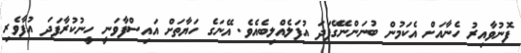
ފޮނުވާއިރު ހެނާއަށް އެކަމުން ބުނަންނޭގޭފަދަ އުފަލެއްލިބެއެވެ. އޭނަގެ ހަޔާތަށް އައިސްފާވަނީ ހީނުކުރާފަދަ އުފާވެރި